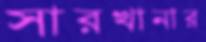
সারখানার